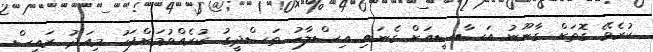
ކުރެވޭ ގޮތަށް ގާނޫނު އަސާސީއަށް ގެނައި އިސްލާހު ތަސްދީގު ކުރެއްވުމަށްފަހު މިއަދު ރައީސް